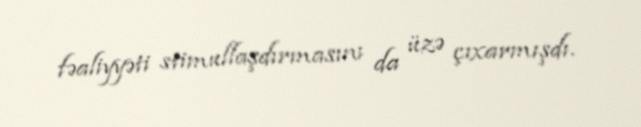
fəaliyyəti stimullaşdırmasını da üzə çıxarmışdı.